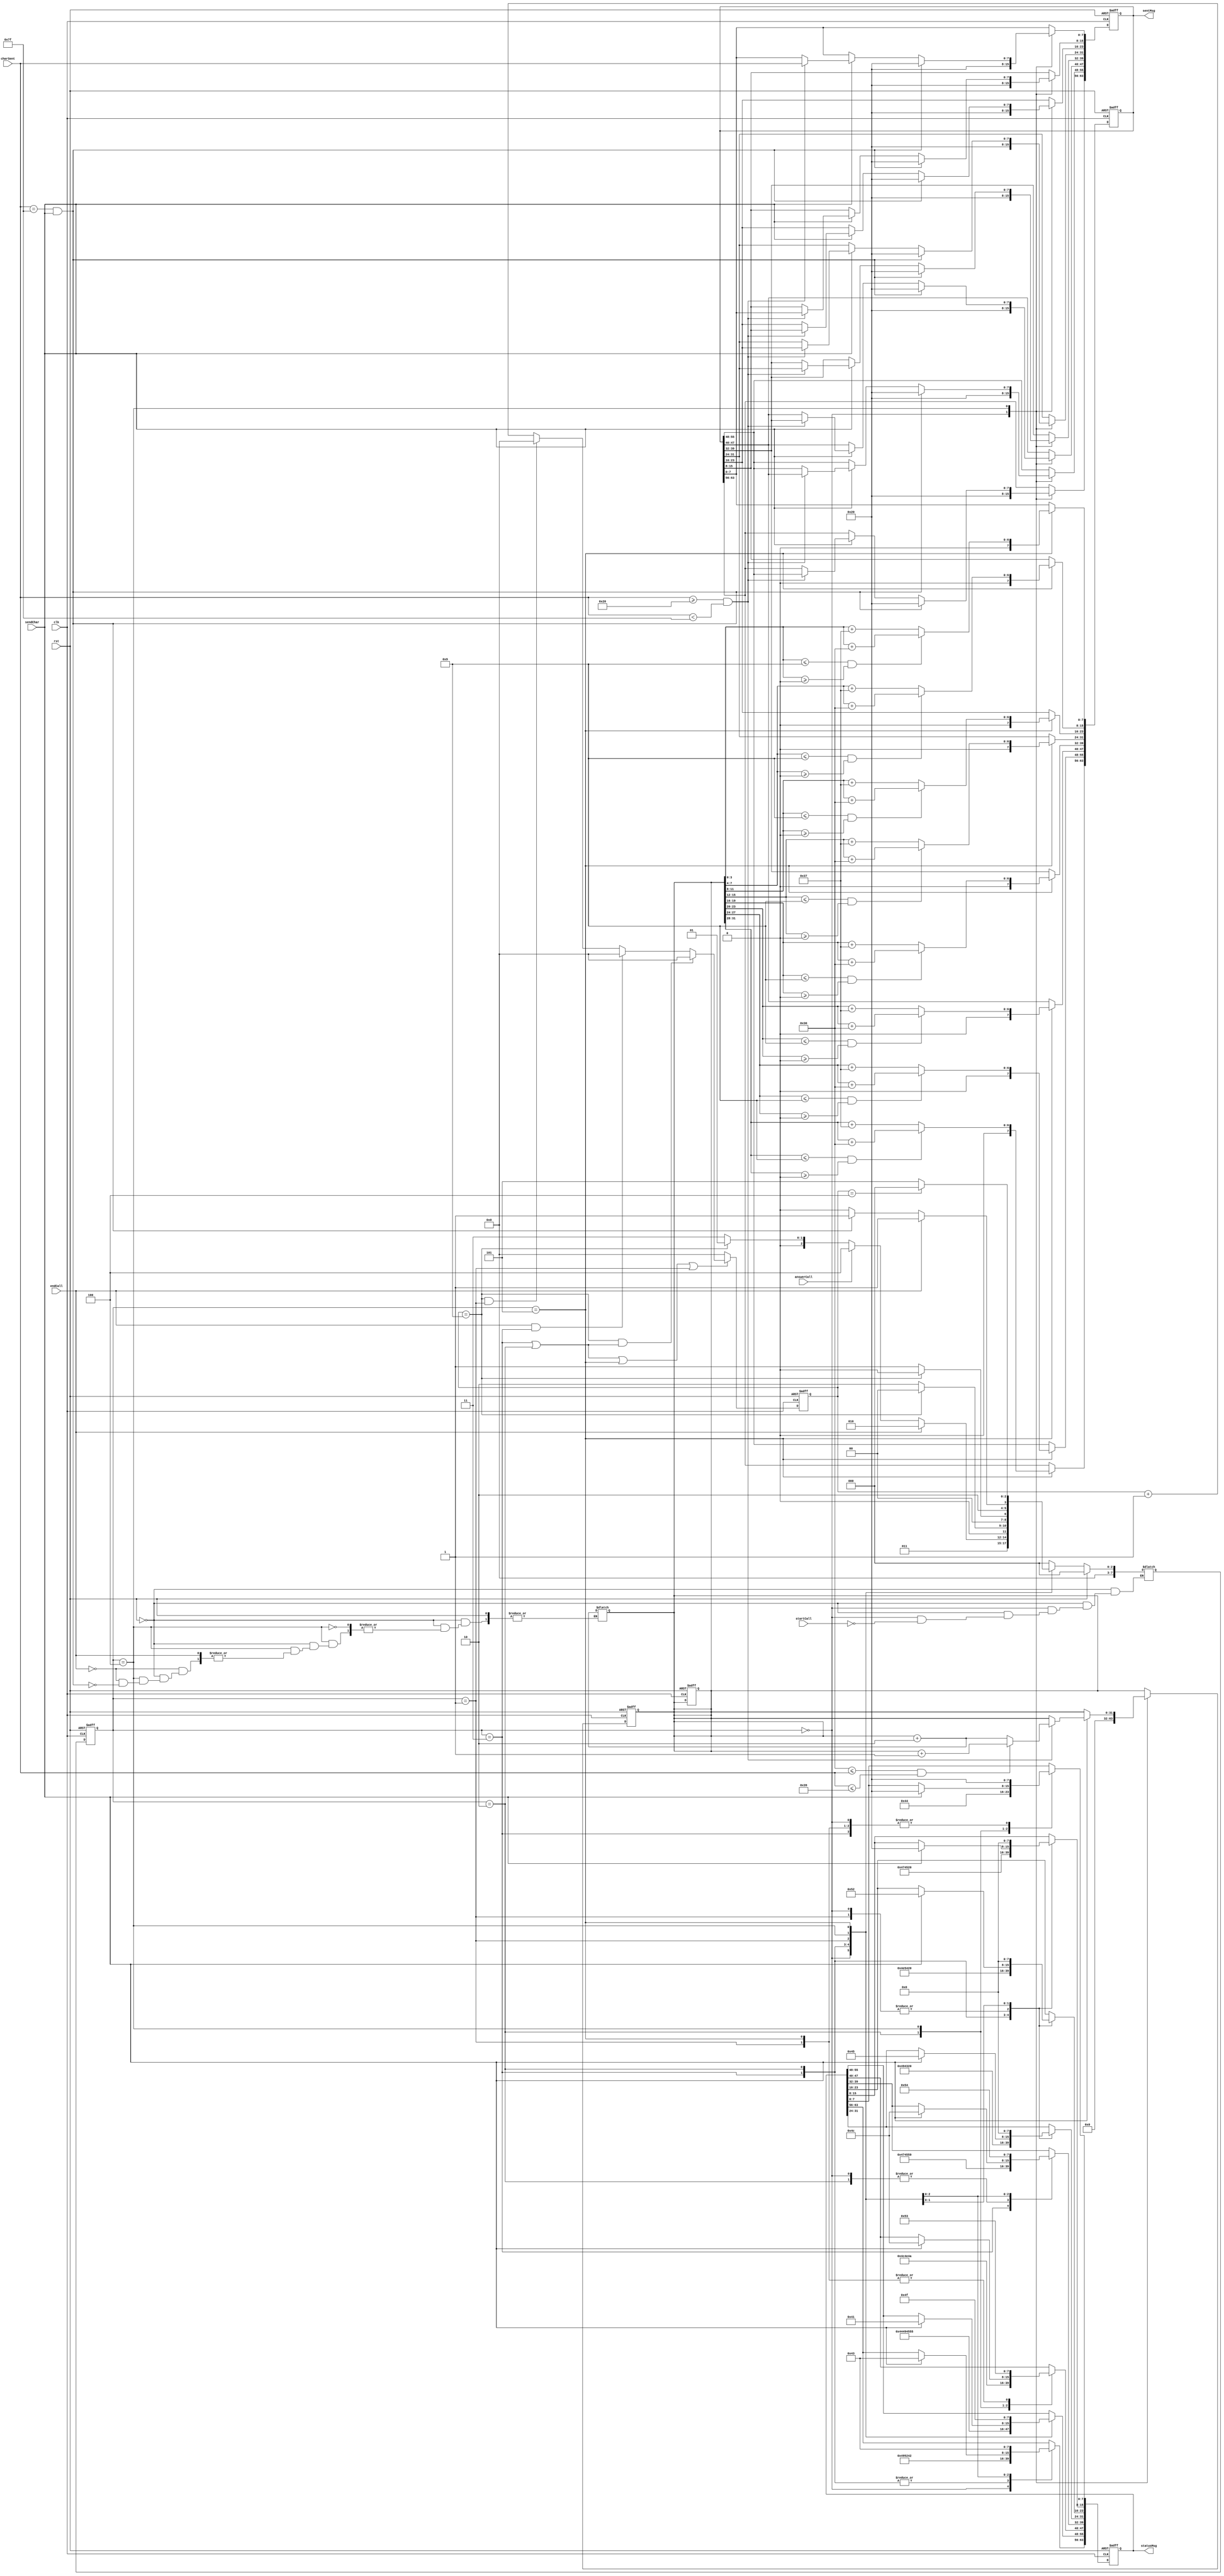
`timescale 1ns / 1ps
//////////////////////////////////////////////////////////////////////////////////
// Company: 
// Engineer: 
// 
// Design Name: 
// Module Name: telephone
// Project Name: 
// Target Devices: 
// Tool Versions: 
// Description: 
// 
// Dependencies: 
// 
// Revision:
// Revision 0.01 - File Created
// Additional Comments:
// 
//////////////////////////////////////////////////////////////////////////////////


module telephone (
    input clk, 
    input rst, 
    input startCall, answerCall, 
    input endCall,
    input sendChar,
    input [7:0] charSent, 
    output reg [63:0] statusMsg, 
    output reg [63:0] sentMsg 
    ); 
    
  parameter [2:0]  IDLE = 3'b000;
  parameter [2:0]  BUSY = 3'b001;
  parameter [2:0]  REJECTED = 3'b010;
  parameter [2:0]  RINGING = 3'b011;
  parameter [2:0]  CALL = 3'b100;
  parameter [2:0]  COST = 3'b101;
      



    reg [31:0] cost; 
    reg [7:0] current_state; 
    reg [7:0] next_state; 
    reg [4:0] counter;
    // additional registers 
    always @ (posedge clk or posedge rst) 
        begin 
         // your code goes here 
            if (rst)
                counter <= 0;       
            else
                if (current_state == RINGING | current_state == REJECTED | current_state == COST | current_state == BUSY) begin
                    if (counter == 9 & (current_state == REJECTED | current_state == RINGING))
                        counter <= 0;
                    else if((endCall == 1) & current_state == RINGING)
                        begin
                            counter<= 0;
                        end 
                    // else if(counter == 4 & current_state == COST)
                        // counter <= 0;
                    else if(counter == 9 & current_state == BUSY)
                        counter <= 0;
                    else
                        counter <= counter + 1;
                end
                else
                    counter <= 0;
        end
    
    // sequential part - state transitions 
     always @ (posedge clk or posedge rst) 
       begin 
        // your code goes here 
        if (rst)
           current_state <= IDLE;
       else
           current_state = next_state;          
       end
    // combinational part - next state definitions 
    always @ (*) begin 
        // your code goes here 
        if (rst) 
            next_state = IDLE;
        else
        begin
            case(current_state)
                IDLE: begin
                    if (startCall == 1)
                        next_state = RINGING;
                end
                RINGING: begin
                    if(endCall == 1)
                        next_state = REJECTED;
                    else if (answerCall == 1)
                        next_state = CALL;
                    else if (counter == 9)
                        next_state = BUSY;
                    else
                        next_state = RINGING;
                end
                REJECTED: begin
                    if (counter == 9)
                        next_state = IDLE;
                    else
                        next_state = REJECTED;
                end
                BUSY: begin
                    if (counter == 9)
                       next_state = IDLE;
                    else
                       next_state = BUSY;
                end
                CALL: begin
                    if (endCall == 1)
                        next_state = COST;
                    else if (charSent == 127 && sendChar == 1) begin
                        cost = (cost + 2);
                        next_state = COST;
                        end
                    else
                        next_state = CALL;
                end
                COST: begin
                    if (counter == 4)
                        next_state = IDLE;
                    else
                        next_state = COST;
                end
                default: next_state = IDLE;
            endcase
        end
    end
    // sequential part - control registers 
    always @ (posedge clk or posedge rst) 
    begin 
    // your code goes here 
        if (rst) begin 
                cost <= 0;
                sentMsg[7:0] <= 32;
                sentMsg[15:8] <= 32;
                sentMsg[23:16] <= 32;
                sentMsg[31:24] <= 32;
                sentMsg[39:32] <= 32;
                sentMsg[47:40] <= 32;
                sentMsg[55:48] <= 32;
                sentMsg[63:56] <= 32;
        end
        else if(current_state == COST) begin
                    if (cost[3:0]<= 9 && cost[3:0]>= 0 )
                        sentMsg[7:0] <= cost[3:0] + 48;
                    else sentMsg[7:0] <= cost[3:0] + 55;
                    
                    if (cost[7:4]<= 9 && cost[7:4]>= 0 )
                        sentMsg[15:8] <= cost[7:4] + 48;
                    else sentMsg[15:8] <= cost[7:4] + 55;
                    
                    if (cost[11:8]<= 9 && cost[11:8]>= 0 )
                        sentMsg[23:16] <= cost[11:8] + 48;
                    else sentMsg[23:16] <= cost[11:8] + 55;
                    
                    if (cost[15:12]<= 9 && cost[15:12]>= 0 )
                        sentMsg[31:24] <= cost[15:12] + 48;
                    else sentMsg[31:24] <= cost[15:12] + 55;
                    
                    if (cost[19:16]<= 9 && cost[19:16]>= 0 )
                        sentMsg[39:32] <= cost[19:16] + 48;
                    else sentMsg[39:32] <= cost[19:16] + 55;
                    
                    if (cost[23:20]<= 9 && cost[23:20]>= 0 )
                        sentMsg[47:40] <= cost[23:20] + 48;
                    else sentMsg[47:40] <= cost[23:20] + 55;
                    
                    if (cost[27:24]<= 9 && cost[27:24]>= 0 )
                        sentMsg[55:48] <= cost[27:24] + 48;
                    else sentMsg[55:48] <= cost[27:24] + 55;
                    
                    if (cost[31:28]<= 9 && cost[31:28]>= 0 )
                        sentMsg[63:56] <= cost[31:28] + 48;
                    else sentMsg[63:56] <= cost[31:28] + 55;
                    
        end
    end 
    // sequential part - outputs 
    always @ (posedge clk or posedge rst) 
    begin 
    // your code goes here 
        if (rst) begin
            cost <= 0;
            statusMsg[7:0]<= 32; 
            statusMsg[15:8]<=32;
            statusMsg[23:16]<=32;
            statusMsg[31:24]<=32;
            statusMsg[39:32]<= 69; 
            statusMsg[47:40]<=76;
            statusMsg[55:48]<=68;
            statusMsg[63:56]<=73;
            
            sentMsg[7:0] <= 32;
            sentMsg[15:8] <= 32;
            sentMsg[23:16] <= 32;
            sentMsg[31:24] <= 32;
            sentMsg[39:32] <= 32;
            sentMsg[47:40] <= 32;
            sentMsg[55:48] <= 32;
            sentMsg[63:56] <= 32;
            
        end
        else begin
            case(current_state)
                IDLE: begin
                    cost <= 0;
                    statusMsg[7:0]<= 32;
                    statusMsg[15:8]<=32;
                    statusMsg[23:16]<=32;
                    statusMsg[31:24]<=32;
                    statusMsg[39:32]<= 69;
                    statusMsg[47:40]<=76;
                    statusMsg[55:48]<=68;
                    statusMsg[63:56]<=73;
                    
                    sentMsg[7:0]<= 32; 
                    sentMsg[15:8]<=32;
                    sentMsg[23:16]<=32;
                    sentMsg[31:24]<=32;
                    sentMsg[39:32]<= 32;
                    sentMsg[47:40]<=32;
                    sentMsg[55:48]<=32;
                    sentMsg[63:56]<=32;
                end
                RINGING: begin
                    statusMsg[7:0]<= 32;
                    statusMsg[15:8]<=71;
                    statusMsg[23:16]<=78;
                    statusMsg[31:24]<=73;
                    statusMsg[39:32]<= 71; 
                    statusMsg[47:40]<=78;
                    statusMsg[55:48]<=73;
                    statusMsg[63:56]<=82; 
                end
                REJECTED: begin
                    statusMsg[7:0] <= 68; 
                    statusMsg[15:8]<=69;
                    statusMsg[23:16]<=84;
                    statusMsg[31:24]<=67;
                    statusMsg[39:32]<= 69;
                    statusMsg[47:40]<=74;
                    statusMsg[55:48]<=69;
                    statusMsg[63:56]<=82;
                end
                BUSY: begin
                    statusMsg[7:0]<= 32; 
                    statusMsg[15:8]<=32;
                    statusMsg[23:16]<=32;
                    statusMsg[31:24]<=32;
                    statusMsg[39:32]<= 89; 
                    statusMsg[47:40]<=83;
                    statusMsg[55:48]<=85;
                    statusMsg[63:56]<=66;
                end
                CALL: begin
                    if (sendChar == 1) begin
                        statusMsg[7:0]<= 32; 
                        statusMsg[15:8]<=32;
                        statusMsg[23:16]<=82;
                        statusMsg[31:24]<=69;
                        statusMsg[39:32]<= 76;
                        statusMsg[47:40]<=76;
                        statusMsg[55:48]<=65;
                        statusMsg[63:56]<=67; 
                        
                        if (charSent >= 32 && charSent < 127) begin
                            sentMsg[63:56]<=sentMsg[55:48];
                            sentMsg[55:48]<=sentMsg[47:40];
                            sentMsg[47:40]<=sentMsg[39:32];
                            sentMsg[39:32]<=sentMsg[31:24];
                            sentMsg[31:24]<=sentMsg[23:16];
                            sentMsg[23:16]<=sentMsg[15:8];
                            sentMsg[15:8]<=sentMsg[7:0];
                            sentMsg[7:0]<=charSent;
                            if("0" <= charSent && charSent <= "9") begin 
                                cost <= (cost+1);
                            end
                            else begin
                                cost <= (cost+2);
                            end
                        end
                    end
                    if (sendChar == 1 && charSent == 127) begin
                         sentMsg[7:0]   <= 32;
                         sentMsg[15:8]  <= 32;
                         sentMsg[23:16] <= 32;
                         sentMsg[31:24] <= 32;
                         sentMsg[39:32] <= 32;
                         sentMsg[47:40] <= 32;
                         sentMsg[55:48] <= 32;
                         sentMsg[63:56] <= 32;
                    end 
                    if (current_state == IDLE) begin
                                    sentMsg[7:0]   <= 32;
                                    sentMsg[15:8]  <= 32;
                                    sentMsg[23:16] <= 32;
                                    sentMsg[31:24] <= 32;
                                    sentMsg[39:32] <= 32;
                                    sentMsg[47:40] <= 32;
                                    sentMsg[55:48] <= 32;
                                    sentMsg[63:56] <= 32;
                                    cost <= 0;
                                
                    end
                end
                COST: begin
                    statusMsg[31:0] <= 32;
                    statusMsg[39:32]<= 84;
                    statusMsg[47:40]<= 83;
                    statusMsg[55:48]<= 79;
                    statusMsg[63:56]<= 67;
                end
                                                  
            endcase
        end
    end 
     // additional always statements 
    endmodule